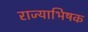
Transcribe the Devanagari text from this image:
राज्याभिषक